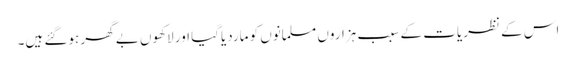
اس کے نظریات کے سبب ہزاروں مسلمانوں کو ماردیاگیا اور لاکھوں بے گھر ہوگئے ہیں۔